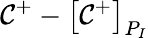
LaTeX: \mathcal{C}^{+}-\left[\mathcal{C}^{+}\right]_{P_{I}}